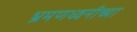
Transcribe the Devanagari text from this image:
भ्रमणध्वनीच्या